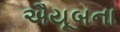
ઐયૂબના